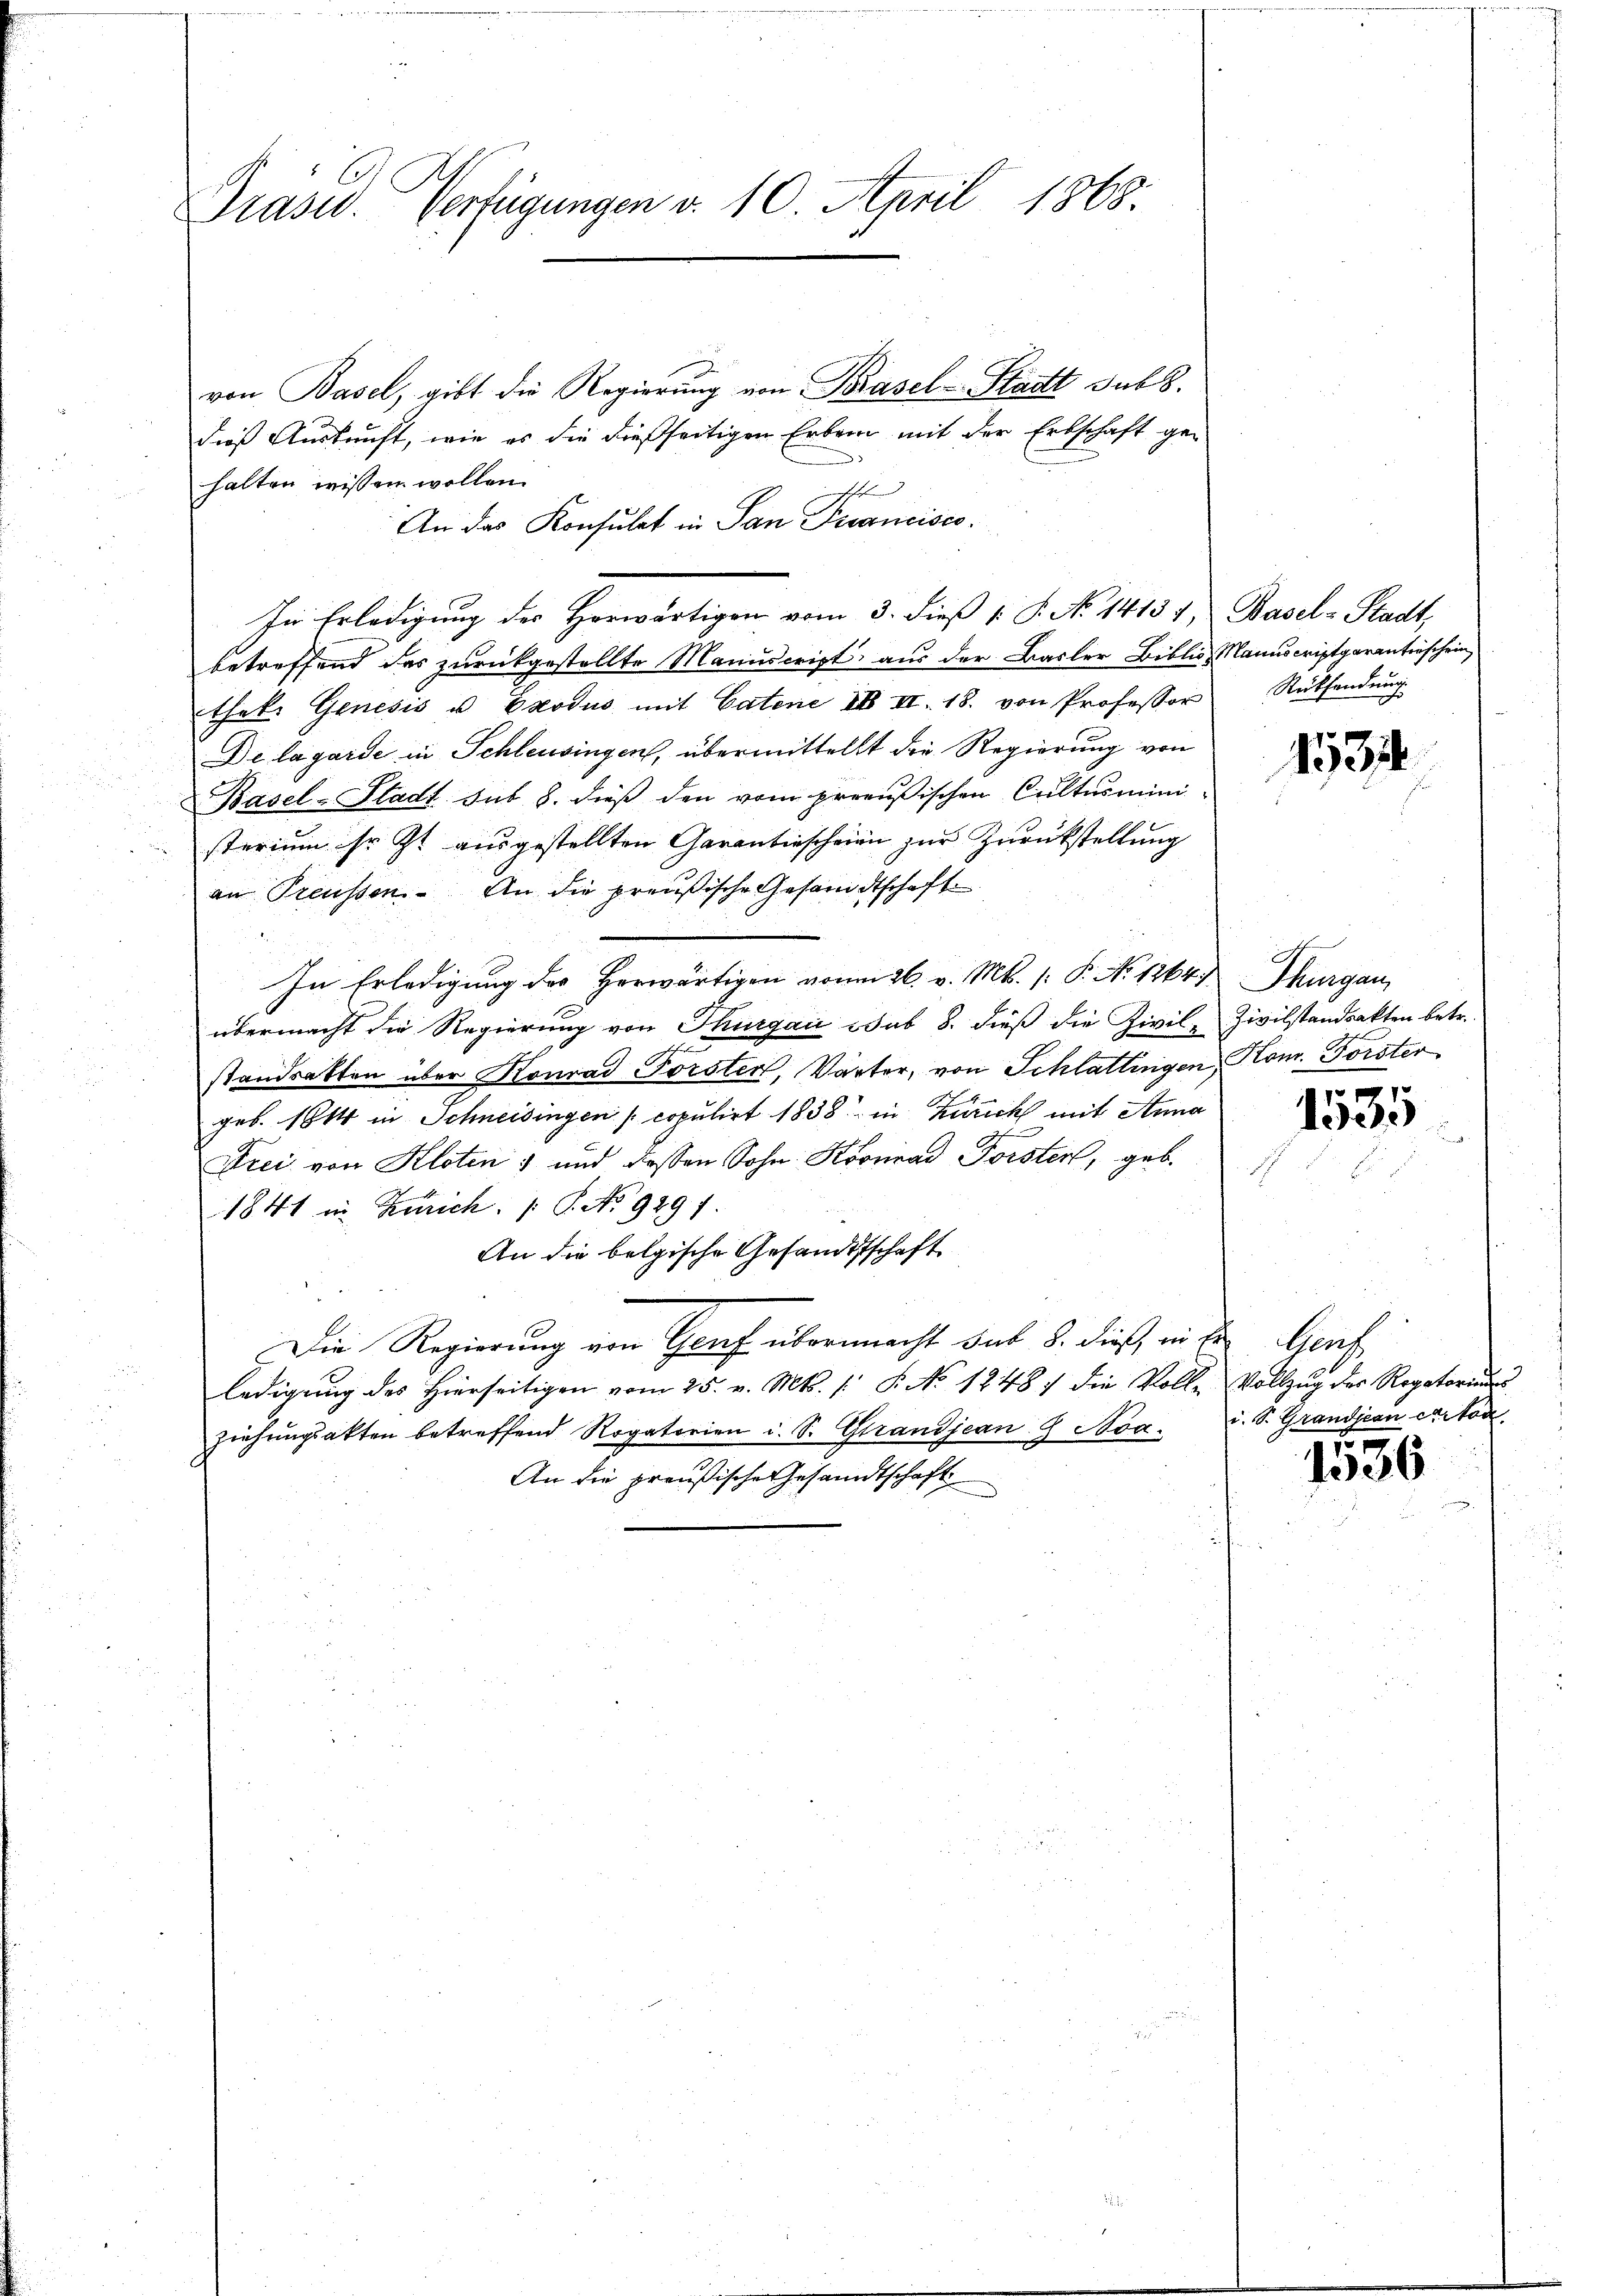
Drasw. Verfügungen v. 10 April 1868.

von Basel, gibt die Regierung von Basel-Stadtt Jul.
dieß Auskunft, wie es die dießseitigen Erbein mit der Erbschaft gehalten wissen wollen.
r
An das Konsulat in San Francisco
In Erledigung der Horwärtigen vom 3. dieß u. 8. No. 14137, Basel-Stadt,
betreffend das zurückgestellte Manuscript aus der Basler Biblio Manuscriptgarantieschein,
that. Genesis u. Exodus mit Catene II II. 18. von Professor Rücksendŭng
De la garde in Schleusingen, übermittellt die Regierung von
Basel-Stadt sub 8. dieß den vom preußischen Cultusministerium ihr ist ausgestellten Garantiescheien zur Zurückstellung
an Preussen. An die preußische Gesandtschaft
In Erledigung des Herwärtigen vom 26. v. Mts. (: P. No 1264.
übermacht die Regierung von Thurgau sub 8. dieß die Zivil-
standratten über Konrad Forster, Wärter, von Schlattingen,
geb. 1844 in Schneisingen / copulirt 1838 in Zürich mit Anna
Drei von Kloten 7 und dessen Sohn Konrad Forster, geb.
1841 in Zürich. /: P. No. 9291.
An die belgische Gesandtschaft
Die Regierung von Genf übermacht das 8. dieß an der Genf
ledigung des hierseitigen vom 25. v. Mts. /: P. No 1248. die Vollziehungsakten betreffend Rogatorien u. S. Grandjean 9 Nov.
An die preußische Gesandtschaft

1531

Thurgau
Zivilstandsakten betr.
Hom. Forster

1535

Vollzug der Rogatorium
u. S. Grandjean Carto

1536

t